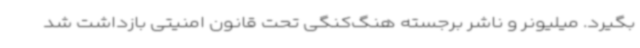
بگیرد. میلیونر و ناشر برجسته هنگ‌کنگی تحت قانون امنیتی بازداشت شد